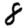
Digit: 8